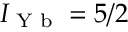
I _ { \textrm { Y b } } = 5 / 2